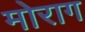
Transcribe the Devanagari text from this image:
मोराग